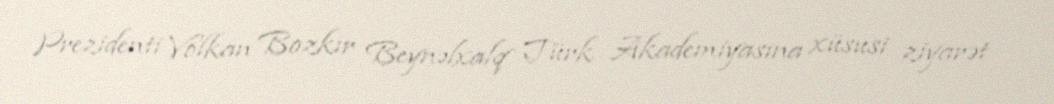
Prezidenti Volkan Bozkır Beynəlxalq Türk Akademiyasına xüsusi ziyarət